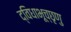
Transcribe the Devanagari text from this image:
द्विधाभूच्छृणु